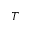
T